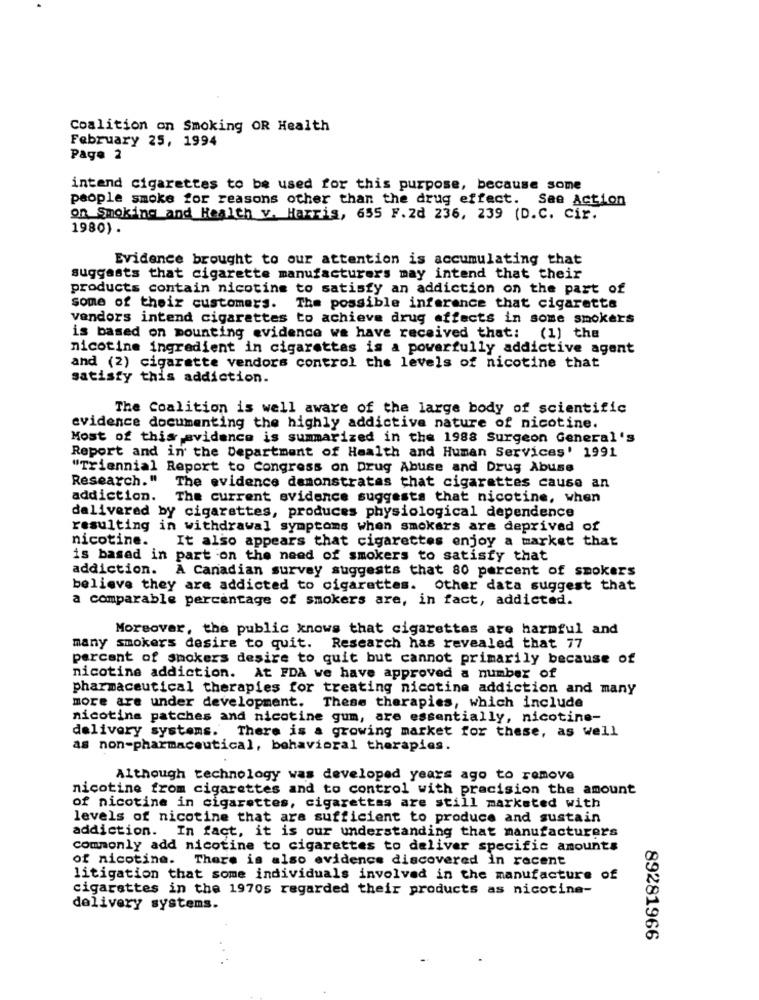
Coalition on Smoking OR Health
February 25, 1994
Page 2
intend cigarettes to be used for this purpose, because some
people smoke for reasons other than the drug effect. Sae Action
on Smoking and Health v. Harris, 655 F.2d 236, 239 (D.C. Cir.
1980) .
Evidence brought to our attention is accumulating that
suggests that cigarette manufacturers may intend that their
products contain nicotine to satisfy an addiction on the part of
some of their customers. The possible inference that cigaretta
vendors intend cigarettes to achieve drug affects in some smokers
is based on mounting evidence we have received that: (1) the
nicotine ingredient in cigarettes is a powerfully addictive agent
and (2) cigarette vendors control the levels of nicotine that
satisfy this addiction.
The Coalition is well aware of the large body of scientific
evidence documenting the highly addictive nature of nicotine.
Most of this avidence is summarized in the 1988 Surgeon General's
Report and in the Department of Health and Human Services' 1991
"Triennial Report to Congress on Drug Abuse and Drug Abuse
Research."
The evidence demonstrates that cigarettes cause an
addiction.
The current evidence suggests that nicotine, when
delivered by cigarettes, produces physiological dependence
resulting in withdrawal symptoms when smokers are deprived of
nicotine.
It also appears that cigarettes enjoy a market that
is based in part on the need of smokers to satisfy that
addiction.
A Canadian survey suggests that 80 percent of smokers
believe they are addicted to cigarettes. Other data suggest that
a comparable percentage of smokers are, in fact, addicted.
Moreover, the public knows that cigarettes are harmful and
many smokers desire to quit. Research has revealed that 77
percent of smokers desire to quit but cannot primarily because of
nicotine addiction. At FDA we have approved a number of
pharmaceutical therapies for treating nicotine addiction and many
more are under development.
These therapies, which include
nicotine patches and nicotine gum, are essentially, nicotine-
delivery systems. There is a growing market for these, as well
as non-pharmaceutical, behavioral therapies.
Although technology was developed years ago to remove
nicotine from cigarettes and to control with pracision the amount
of nicotine in cigarettes, cigarettas are still marketed with
levels of nicotine that are sufficient to produce and sustain
addiction. In fact, it is our understanding that manufacturers
commonly add nicotine to cigarettes to deliver specific amounts
of nicotina. There is also evidence discovered in recent
litigation that some individuals involved in the manufacture of
cigarettes in the 1970s regarded their products as nicotine-
delivery systems.
89281966